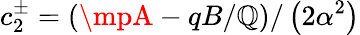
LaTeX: c_{2}^{\pm}=\left(\mpA-qB/\mathbb{Q}\right)/\left(2\alpha^{2}\right)